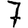
Digit: 7